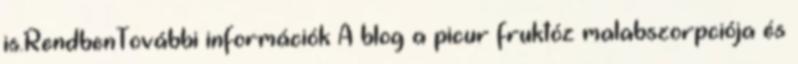
is.RendbenTovábbi információk A blog a picur fruktóz malabszorpciója és